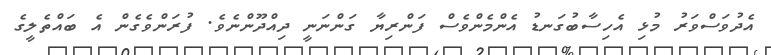
އެދުވަސްވަރު މުޅި އެހިސާބުގަނޑު އެންމެންވެސް ފަންރިޔާ ގަންނަނީ ދިއްދޫންނެވެ. ފުރަންވެގެން އެ ބައްތެލީގެ